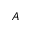
A